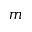
m